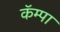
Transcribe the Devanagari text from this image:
कॅम्पा